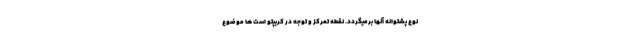
نوع پشتوانه آنها برمیگردد. نقطه تمرکز و توجه در کریپتو است ها موضوع